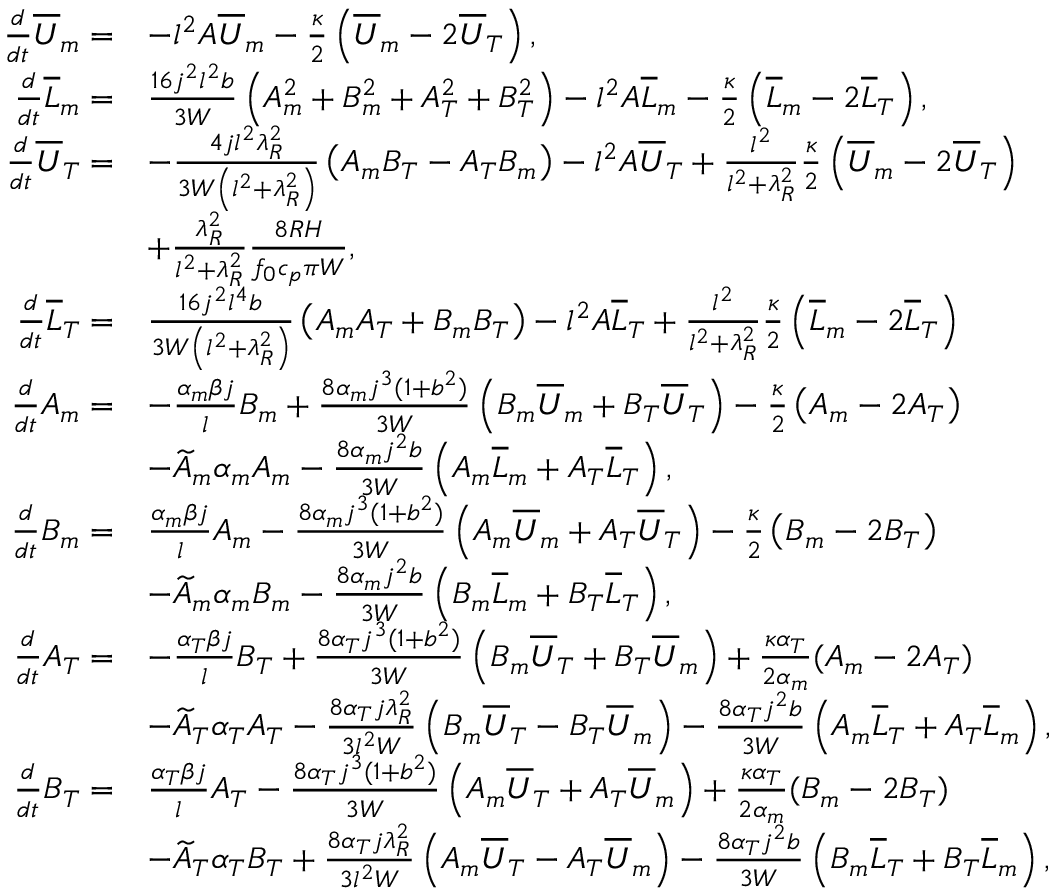
\begin{array} { r l } { \frac { d } { d t } { \overline { { U } } _ { m } } = } & { - l ^ { 2 } A { \overline { { U } } _ { m } } - \frac { \kappa } { 2 } \left( { \overline { { U } } _ { m } } - 2 { \overline { { U } } _ { T } } \right) , } \\ { \frac { d } { d t } { \overline { { L } } _ { m } } = } & { \frac { 1 6 j ^ { 2 } l ^ { 2 } b } { 3 W } \left( { A _ { m } ^ { 2 } + B _ { m } ^ { 2 } } + { A _ { T } ^ { 2 } + B _ { T } ^ { 2 } } \right) - l ^ { 2 } A { \overline { { L } } _ { m } } - \frac { \kappa } { 2 } \left( { \overline { { L } } _ { m } } - 2 { \overline { { L } } _ { T } } \right) , } \\ { \frac { d } { d t } { \overline { { U } } _ { T } } = } & { - \frac { 4 j l ^ { 2 } \lambda _ { R } ^ { 2 } } { 3 W \left( l ^ { 2 } + \lambda _ { R } ^ { 2 } \right) } \left( { A _ { m } B _ { T } - A _ { T } B _ { m } } \right) - l ^ { 2 } A { \overline { { U } } _ { T } } + \frac { l ^ { 2 } } { l ^ { 2 } + \lambda _ { R } ^ { 2 } } \frac { \kappa } { 2 } \left( { \overline { { U } } _ { m } } - 2 { \overline { { U } } _ { T } } \right) } \\ & { + \frac { \lambda _ { R } ^ { 2 } } { l ^ { 2 } + \lambda _ { R } ^ { 2 } } \frac { 8 R H } { f _ { 0 } c _ { p } \pi W } , } \\ { \frac { d } { d t } { \overline { { L } } _ { T } } = } & { \frac { 1 6 j ^ { 2 } l ^ { 4 } b } { 3 W \left( l ^ { 2 } + \lambda _ { R } ^ { 2 } \right) } \left( { A _ { m } A _ { T } + B _ { m } B _ { T } } \right) - l ^ { 2 } A { \overline { { L } } _ { T } } + \frac { l ^ { 2 } } { l ^ { 2 } + \lambda _ { R } ^ { 2 } } \frac { \kappa } { 2 } \left( { \overline { { L } } _ { m } } - 2 { \overline { { L } } _ { T } } \right) } \\ { \frac { d } { d t } { A _ { m } } = } & { - \frac { \alpha _ { m } \beta j } { l } { B _ { m } } + \frac { 8 \alpha _ { m } j ^ { 3 } ( 1 + b ^ { 2 } ) } { 3 W } \left( { B _ { m } \overline { { U } } _ { m } } + { B _ { T } \overline { { U } } _ { T } } \right) - \frac { \kappa } { 2 } \left( { A _ { m } } - 2 { A _ { T } } \right) } \\ & { - \widetilde { A } _ { m } \alpha _ { m } { A _ { m } } - \frac { 8 \alpha _ { m } j ^ { 2 } b } { 3 W } \left( { A _ { m } \overline { { L } } _ { m } } + { A _ { T } \overline { { L } } _ { T } } \right) , } \\ { \frac { d } { d t } { B _ { m } } = } & { \frac { \alpha _ { m } \beta j } { l } { A _ { m } } - \frac { 8 \alpha _ { m } j ^ { 3 } ( 1 + b ^ { 2 } ) } { 3 W } \left( { A _ { m } \overline { { U } } _ { m } } + { A _ { T } \overline { { U } } _ { T } } \right) - \frac { \kappa } { 2 } \left( { B _ { m } } - 2 { B _ { T } } \right) } \\ & { - \widetilde { A } _ { m } \alpha _ { m } { B _ { m } } - \frac { 8 \alpha _ { m } j ^ { 2 } b } { 3 W } \left( { B _ { m } \overline { { L } } _ { m } } + { B _ { T } \overline { { L } } _ { T } } \right) , } \\ { \frac { d } { d t } { A _ { T } } = } & { - \frac { \alpha _ { T } \beta j } { l } { B _ { T } } + \frac { 8 \alpha _ { T } j ^ { 3 } ( 1 + b ^ { 2 } ) } { 3 W } \left( { B _ { m } \overline { { U } } _ { T } } + { B _ { T } \overline { { U } } _ { m } } \right) + \frac { \kappa \alpha _ { T } } { 2 \alpha _ { m } } ( { A _ { m } } - 2 { A _ { T } } ) } \\ & { - \widetilde { A } _ { T } \alpha _ { T } { A _ { T } } - \frac { 8 \alpha _ { T } j \lambda _ { R } ^ { 2 } } { 3 l ^ { 2 } W } \left( { B _ { m } \overline { { U } } _ { T } } - { B _ { T } \overline { { U } } _ { m } } \right) - \frac { 8 \alpha _ { T } j ^ { 2 } b } { 3 W } \left( { A _ { m } \overline { { L } } _ { T } } + { A _ { T } \overline { { L } } _ { m } } \right) , } \\ { \frac { d } { d t } { B _ { T } } = } & { \frac { \alpha _ { T } \beta j } { l } { A _ { T } } - \frac { 8 \alpha _ { T } j ^ { 3 } ( 1 + b ^ { 2 } ) } { 3 W } \left( { A _ { m } \overline { { U } } _ { T } } + { A _ { T } \overline { { U } } _ { m } } \right) + \frac { \kappa \alpha _ { T } } { 2 \alpha _ { m } } ( { B _ { m } } - 2 { B _ { T } } ) } \\ & { - \widetilde { A } _ { T } \alpha _ { T } { B _ { T } } + \frac { 8 \alpha _ { T } j \lambda _ { R } ^ { 2 } } { 3 l ^ { 2 } W } \left( { A _ { m } \overline { { U } } _ { T } } - { A _ { T } \overline { { U } } _ { m } } \right) - \frac { 8 \alpha _ { T } j ^ { 2 } b } { 3 W } \left( { B _ { m } \overline { { L } } _ { T } } + { B _ { T } \overline { { L } } _ { m } } \right) , } \end{array}